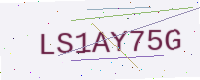
Text: LS1AY75G